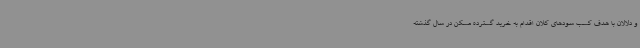
و دلالان با هدف کسب سودهای کلان اقدام به خرید گسترده مسکن در سال گذشته